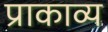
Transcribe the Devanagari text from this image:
प्राकाव्य